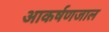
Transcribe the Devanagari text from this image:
आकर्षणजाल